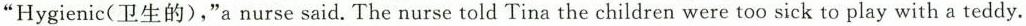
"Hygia..." "Hygienic(卫生的),"a nurse said. The nurse told Tina the children were too sick to play with a teddy.